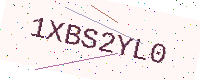
Text: 1XBS2YL0